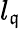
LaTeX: l_{\mathfrak{q}}